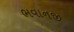
ભવાનજી